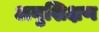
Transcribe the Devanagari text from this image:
अनुशिक्षण